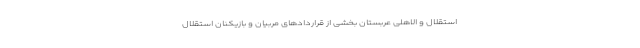
استقلال و الاهلی عربستان بخشی از قراردادهای مربیان و بازیکنان استقلال